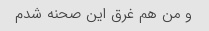
و من هم غرق این صحنه شدم